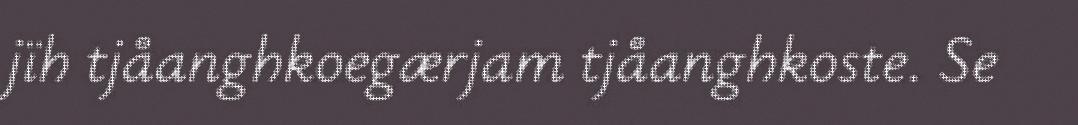
jïh tjåanghkoegærjam tjåanghkoste. Se